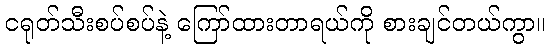
ငရုတ်သီးစပ်စပ်နဲ့ ကြော်ထားတာရယ်ကို စားချင်တယ်ကွာ။